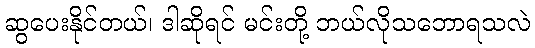
ဆွပေးနိုင်တယ်၊ ဒါဆိုရင် မင်းတို့ ဘယ်လိုသဘောရသလဲ